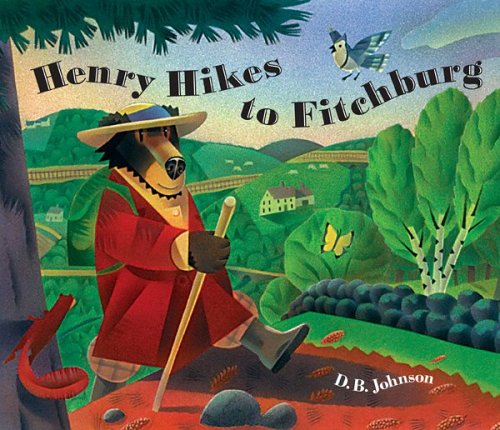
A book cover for Henry Hikes to Fitchburg; D.B. Johnson; Children's Books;